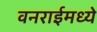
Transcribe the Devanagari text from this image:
वनराईमध्ये